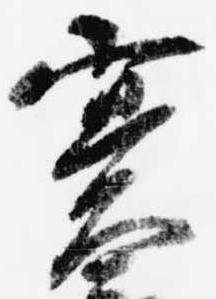
実